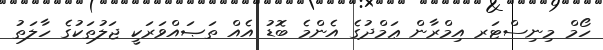
ހޯމް މިނިސްޓަރ އިމްރާން ޢަމްދުގެ އެންމެ ބޮޑު އެއް ތަޞައްވަރަކީ ޖަލުތަކުގެ ހާލަތު